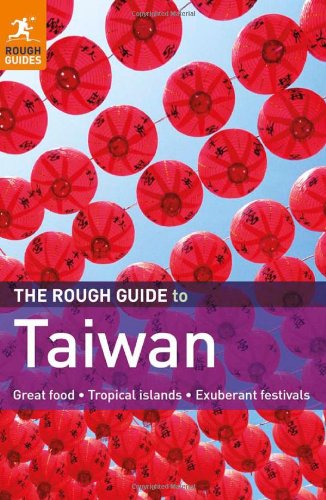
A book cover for The Rough Guide to Taiwan; Stephen Keeling; Travel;